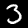
Label: 3